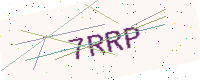
Text: 7RRP